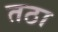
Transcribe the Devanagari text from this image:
तठा